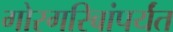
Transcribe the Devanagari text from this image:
गोरगरिबांपर्यंत